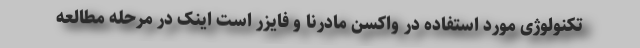
تکنولوژی مورد استفاده در واکسن مادرنا و فایزر است اینک در مرحله مطالعه